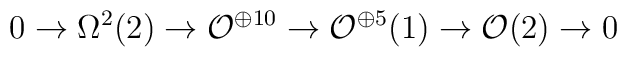
0\rightarrow \Omega^{2}(2)\rightarrow {\cal O}^{\oplus 10}\rightarrow{\cal O}^{\oplus 5}(1)\rightarrow{\cal O}(2)\rightarrow 0